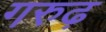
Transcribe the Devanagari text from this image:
गरुढ़